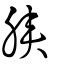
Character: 脥